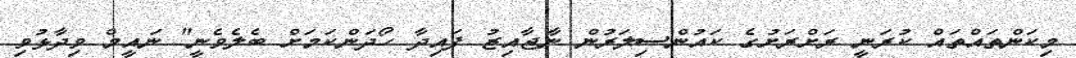
މިކަންތައްތައް ކުރަނީ ރަށްރަށުގެ ކައުންސިލަރުން ނާޖާއިޒު ފައިދާ ހޯދަންކަމަށް ބެލެވެނީ" ނައީމް ވިދާޅުވި